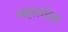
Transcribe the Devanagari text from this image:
महालदेश